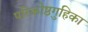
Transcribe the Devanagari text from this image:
परिकोष्ठगुहिका